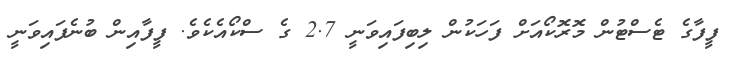
ފީފާގެ ޓެސްޓުން މޮރޮކޯއަށް ފަހަކުން ލިބިފައިވަނީ 2.7 ގެ ސްކޯއެކެވެ. ފީފާއިން ބުނެފައިވަނީ